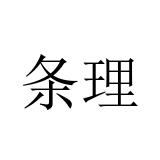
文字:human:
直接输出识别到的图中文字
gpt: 条理